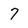
Character: 7